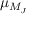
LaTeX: \mu _ { M _ { J } }